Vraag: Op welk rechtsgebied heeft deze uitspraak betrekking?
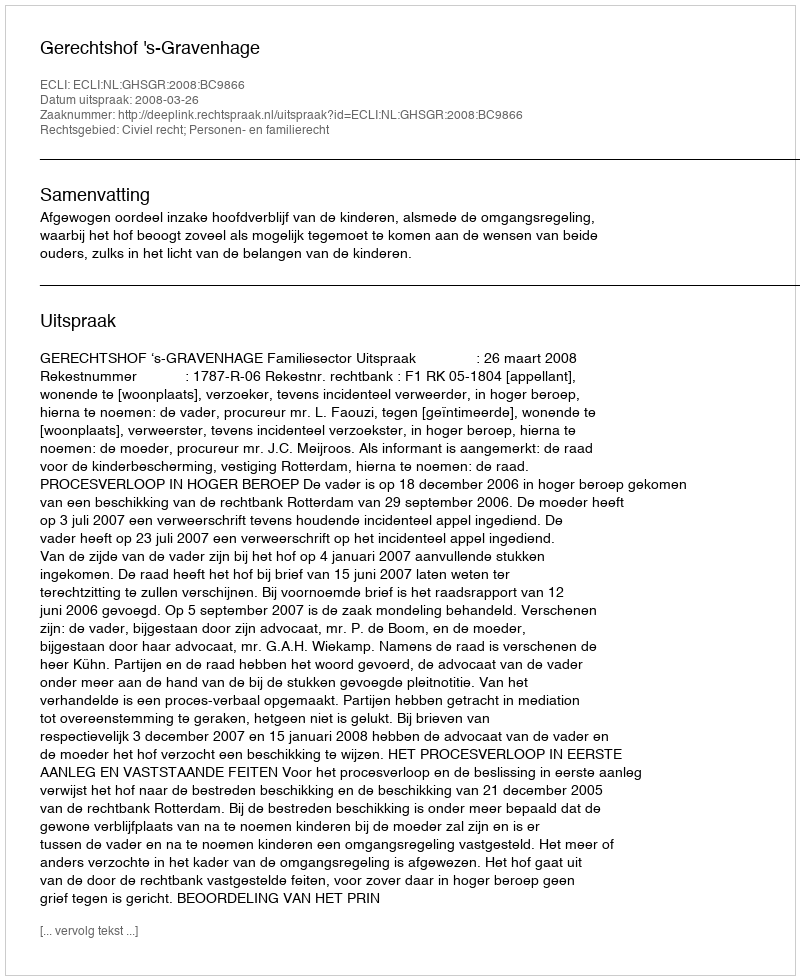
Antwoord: Civiel recht; Personen- en familierecht